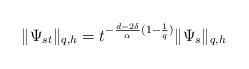
LaTeX: \begin{align*}\|\Psi_{st}\|_{q, h }=t^{-\frac{d-2\delta}{\alpha}(1-\frac{1}{q})}\|\Psi_s\|_{q,h }\end{align*}